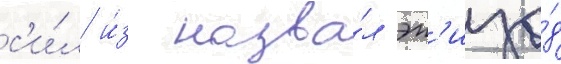
с'и́л и́з назва́л эп'изо́д